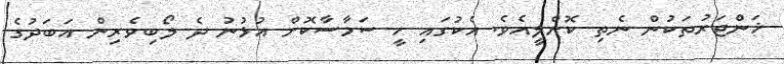
ޚަންޖަރުތަކުން ނެތި ކޮށްލީއެވެ. އެކުގައި ހީ ސަމާސާކޮށް އުޅުނު ދެ ލޯބިވެރިން އަބަދުގެ